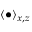
\langle { \bullet } \rangle _ { x , z }